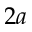
2 a